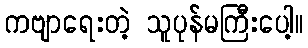
ကဗျာရေးတဲ့ သူပုန်မကြီးပေါ့။